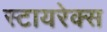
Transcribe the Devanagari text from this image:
स्टायरेक्स